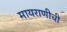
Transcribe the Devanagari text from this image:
मायराणीची